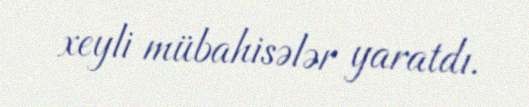
xeyli mübahisələr yaratdı.